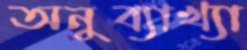
অনুব্যাখ্যা